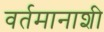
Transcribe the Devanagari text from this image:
वर्तमानाशी